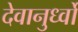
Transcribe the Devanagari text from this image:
देवानुर्ध्वो